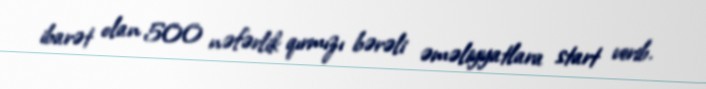
ibarət olan 500 nəfərlik qırmızı bərəli əməliyyatlara start verib.